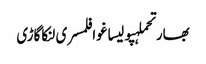
بھارتحملہپولیساغوافلمسری لنکاگاڑی